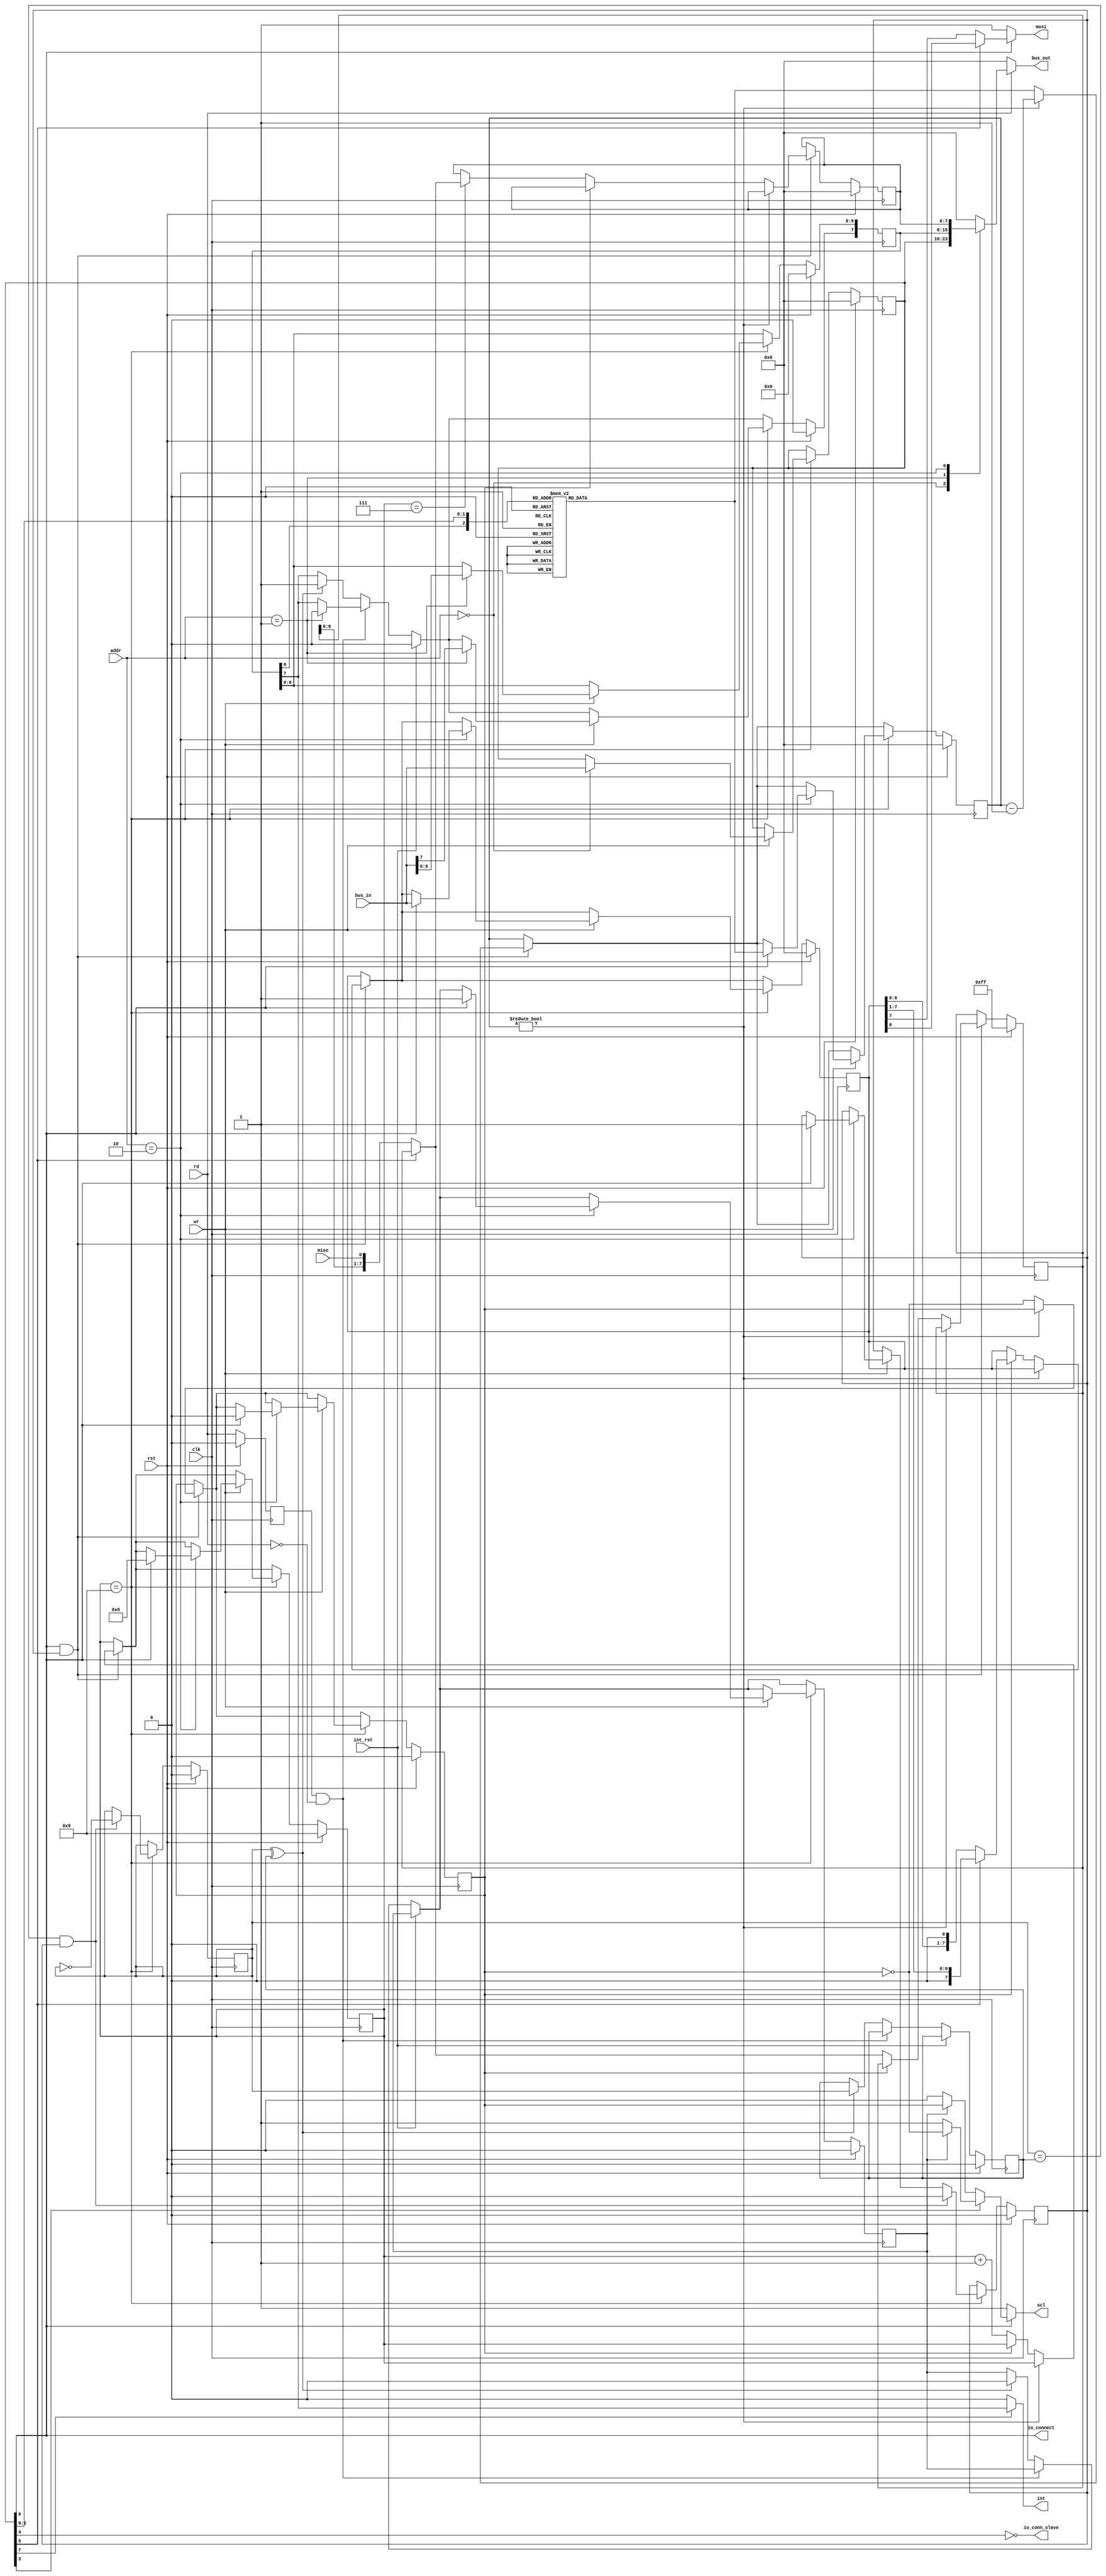
/*
 * This IP is the ATMEGA SPI implementation.
 * 
 * Copyright (C) 2020  Iulian Gheorghiu (morgoth@devboard.tech)
 * 
 * This program is free software; you can redistribute it and/or
 * modify it under the terms of the GNU General Public License
 * as published by the Free Software Foundation; either version 2
 * of the License, or (at your option) any later version.
 * 
 * This program is distributed in the hope that it will be useful,
 * but WITHOUT ANY WARRANTY; without even the implied warranty of
 * MERCHANTABILITY or FITNESS FOR A PARTICULAR PURPOSE.  See the
 * GNU General Public License for more details.
 * 
 * You should have received a copy of the GNU General Public License
 * along with this program; if not, write to the Free Software
 * Foundation, Inc., 51 Franklin Street, Fifth Floor, Boston, MA  02110-1301, USA.
 */

`timescale 1ns / 1ps

`define ATMEGA_SPI_SPCR_INT_EN_bp		7
`define ATMEGA_SPI_SPCR_EN_bp			6
`define ATMEGA_SPI_SPCR_DORD_bp			5
`define ATMEGA_SPI_SPCR_MSTR_bp			4
`define ATMEGA_SPI_SPCR_CPOL_bp			3
`define ATMEGA_SPI_SPCR_CPHA_bp			2 // Not implemented because are very rare the devices that implement this mode.
`define ATMEGA_SPI_SPCR_SPR1_bp			1
`define ATMEGA_SPI_SPCR_SPR0_bp			0

`define ATMEGA_SPI_SPSR_SPIF_bp			7
`define ATMEGA_SPI_SPSR_WCOL_bp			6
`define ATMEGA_SPI_SPSR_SPI2X_bp		0


module atmega_spi_m # (
	parameter PLATFORM = "XILINX",
	parameter BUS_ADDR_IO_LEN = 6,
	parameter SPCR_ADDR = 0,
	parameter SPSR_ADDR = 1,
	parameter SPDR_ADDR = 2,
	parameter DINAMIC_BAUDRATE = "TRUE",
	parameter BAUDRATE_DIVIDER = 1
)(
	input rst,
	input clk,
	input [BUS_ADDR_IO_LEN-1:0]addr,
	input wr,
	input rd,
	input [7:0]bus_in,
	output reg [7:0]bus_out,
	output int,
	input int_rst,
	output io_connect,
	output io_conn_slave,

	output scl,
	input miso,
	output mosi
	);


reg [7:0]SPCR;
reg [7:0]SPSR;
reg [7:0]SPDR;

reg spi_active;
reg sck_active;
	
localparam WORD_LEN = 4'h8;
localparam PRESCALLER_SIZE = 8;

reg stc_p;
reg stc_n;

reg [7:0]rx_shift_reg;
reg [7:0]tx_shift_reg;

reg [3:0]bit_cnt;

reg [7:0]prescaller_cnt;
reg sckint;
reg [7:0]prescdemux;

always @ (*)
begin
	bus_out = 8'b00;
	if(rd)
	begin
		case(addr)
		SPCR_ADDR: bus_out = SPCR;
		SPSR_ADDR: bus_out = SPSR;
		SPDR_ADDR: bus_out = SPDR;
		endcase
	end
end

always @ (*)
begin
	case({SPSR[`ATMEGA_SPI_SPSR_SPI2X_bp], SPCR[`ATMEGA_SPI_SPCR_SPR1_bp], SPCR[`ATMEGA_SPI_SPCR_SPR0_bp]})
	3'b000: prescdemux <= 1;
	3'b001: prescdemux <= 8;
	3'b010: prescdemux <= 32;
	3'b011: prescdemux <= 64;
	3'b100: prescdemux <= 0;
	3'b101: prescdemux <= 4;
	3'b110: prescdemux <= 16;
	3'b111: prescdemux <= 32;
	endcase
end

reg rd_old;
always @ (posedge clk)
begin
	if(rst)
	begin
		stc_n <= 1'b0;
		SPCR <= 8'h00;
		SPSR <= 8'h00;
		SPDR <= 8'h00;
		tx_shift_reg <= 8'h00;
		rx_shift_reg <= 8'hFF;
		prescaller_cnt <= 8'h00;
		bit_cnt <= WORD_LEN;
		sckint <= 1'b0;
		stc_p <= 1'b0;
		spi_active <= 1'b0;
		sck_active <= 1'b0;
		rd_old <= 1'b0;
	end
	else
	begin
		if(SPCR[`ATMEGA_SPI_SPCR_EN_bp] & spi_active)
		begin
			if(prescaller_cnt)
			begin
				prescaller_cnt <= prescaller_cnt - 1;
			end
			else
			begin
				prescaller_cnt <= prescdemux;
				sckint <= ~sckint;
//rx
				if(~sckint)
				begin
					bit_cnt <= bit_cnt + 4'd1;
					if(bit_cnt == WORD_LEN - 1)
					begin
						if(SPCR[`ATMEGA_SPI_SPCR_DORD_bp] == 1'b0)
						begin
							SPDR <= {rx_shift_reg[WORD_LEN - 2:0], miso};
						end
						else
						begin
							SPDR <= {miso, rx_shift_reg[WORD_LEN - 1:0]};
						end
					end
					if(SPCR[`ATMEGA_SPI_SPCR_DORD_bp] == 1'b0)
					begin
						rx_shift_reg <= {rx_shift_reg[WORD_LEN - 2:0], miso};
					end
					else
					begin
						rx_shift_reg <= {miso, rx_shift_reg[WORD_LEN - 1:0]};
					end
				end
				else
				begin
//tx
					if(~SPCR[`ATMEGA_SPI_SPCR_DORD_bp])
					begin
						tx_shift_reg <= {tx_shift_reg[WORD_LEN - 2:0], 1'b0};
					end
					else
					begin
						tx_shift_reg <= {1'b0, tx_shift_reg[WORD_LEN - 1:1]};
					end
				end
			end
		end
		rd_old <= rd; // Read takes two cycles, we clear the flag after second cycle.
		if(int_rst)
		begin
			SPSR[`ATMEGA_SPI_SPSR_SPIF_bp] <= 1'b0;
		end
		else
		if(rd_old & ~rd)
		begin
			case(addr)
			SPSR_ADDR: SPSR[`ATMEGA_SPI_SPSR_SPIF_bp] <= 1'b0;
			endcase
		end
		else
		if(stc_p ^ stc_n)
		begin
			SPSR[`ATMEGA_SPI_SPSR_SPIF_bp] <= 1'b1;
			stc_n <= stc_p;
			sck_active <= 1'b0;
		end	
		if(bit_cnt == WORD_LEN)
		begin
			if(wr)
			begin
				case(addr)
				SPCR_ADDR: SPCR <= bus_in;
				SPSR_ADDR: SPSR <= bus_in;
				SPDR_ADDR: 
				begin
					if(SPCR[`ATMEGA_SPI_SPCR_EN_bp])
					begin
						tx_shift_reg <= bus_in;
						bit_cnt <= 4'h0;
						prescaller_cnt <= prescdemux;
						sckint <= 1'b0;
						spi_active <= 1'b1;
						sck_active <= 1'b1;
					end
				end
				endcase
			end
			if(stc_p == stc_n && spi_active)
			begin
				stc_p <= ~stc_p;
				spi_active <= 1'b0;
			end
		end
	end
end

assign int = SPCR[`ATMEGA_SPI_SPCR_INT_EN_bp] ? SPSR[`ATMEGA_SPI_SPSR_SPIF_bp] : 1'b0;
assign scl = SPCR[`ATMEGA_SPI_SPCR_EN_bp] ? ((SPCR[`ATMEGA_SPI_SPCR_CPOL_bp]) ? (sck_active ? ~sckint : 1'b1) : (sck_active ? sckint : 1'b0)) : 1'b1;
assign mosi = (SPCR[`ATMEGA_SPI_SPCR_EN_bp]) ? (SPCR[`ATMEGA_SPI_SPCR_DORD_bp] ? tx_shift_reg[0] : tx_shift_reg[WORD_LEN - 1]) : 1'b1;
assign io_connect = SPCR[`ATMEGA_SPI_SPCR_EN_bp];
assign io_conn_slave = ~SPCR[`ATMEGA_SPI_SPCR_MSTR_bp];

endmodule